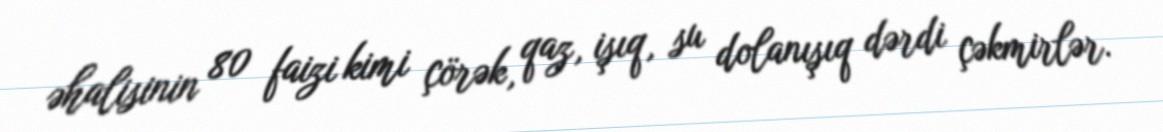
əhalisinin 80 faizi kimi çörək, qaz, işıq, su dolanışıq dərdi çəkmirlər.